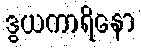
ဒွယကာရိနော